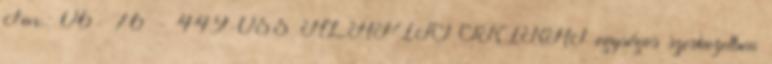
Fax.: 06- 76 - 449-055 ALAPÍTÓ OKIRAT egységes szerkezetben